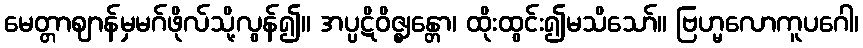
မေတ္တာဈာန်မှမဂ်ဖိုလ်သို့လွန်၍။ အပ္ပဋိဝိဇ္ဈန္တော၊ ထိုးထွင်း၍မသိသော်။ ဗြဟ္မလောကူပဂေါ၊